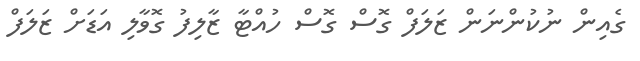
ގެއިން ނުކުންނަން ޒަލަފް ގޮސް ގޮސް ހުއްޓާ ޒާލިފު ގޮވާލި އަޑަށް ޒަލަފް